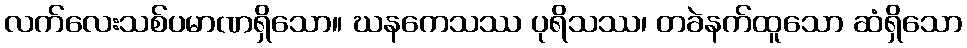
လက်လေးသစ်ပမာဏရှိသော။ ဃနကေသဿ ပုရိသဿ၊ တခဲနက်ထူသော ဆံရှိသော